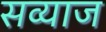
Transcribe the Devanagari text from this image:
सव्याज